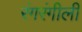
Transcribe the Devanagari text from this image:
रंगरंगीली